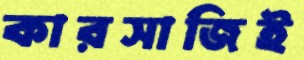
কারসাজিই